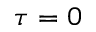
\tau = 0